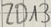
Text: ZD13